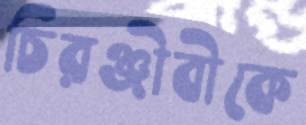
চিরঞ্জীবীকে